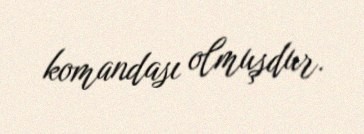
komandası olmuşdur.